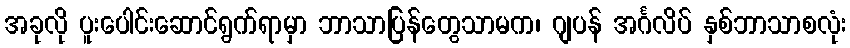
အခုလို ပူးပေါင်းဆောင်ရွက်ရာမှာ ဘာသာပြန်တွေသာမက၊ ဂျပန် အင်္ဂလိပ် နှစ်ဘာသာစလုံး